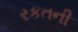
રકતની